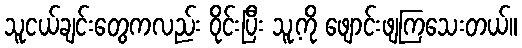
သူငယ်ချင်းတွေကလည်း ဝိုင်းပြီး သူ့ကို ဖျောင်းဖျကြသေးတယ်။